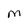
Character: m